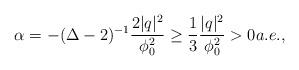
LaTeX: \begin{align*} \alpha=-(\Delta-2)^{-1}\frac{2|q|^2}{\phi^2_0}\geq\frac{1}{3}\frac{|q|^2}{\phi_0^2}> 0a.e. ,\end{align*}